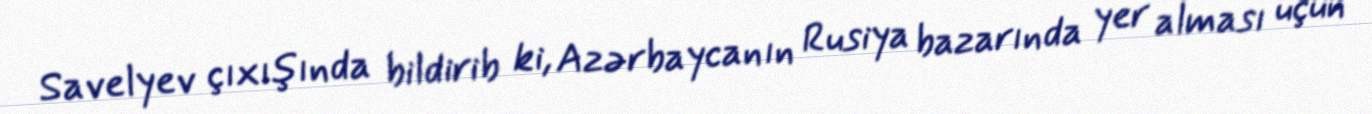
Savelyev çıxışında bildirib ki, Azərbaycanın Rusiya bazarında yer alması üçün